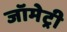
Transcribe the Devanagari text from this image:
जॉमेट्री